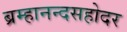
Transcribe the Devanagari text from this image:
ब्रम्हानन्दसहोदर